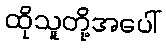
ထိုသူတို့အပေါ်